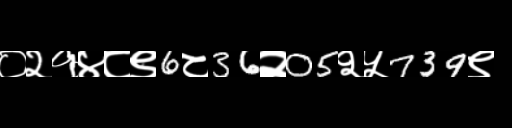
Text: ०२१४८९6८36२05२५739९